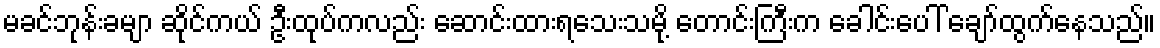
မခင်ဘုန်းခမျာ ဆိုင်ကယ် ဦးထုပ်ကလည်း ဆောင်းထားရသေးသမို့ တောင်းကြီးက ခေါင်းပေါ် ချော်ထွက်နေသည်။